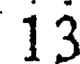
13